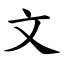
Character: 文